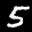
Label: 5